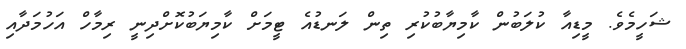
ޝަހީމެވެ. މީޑިއާ ކުލަބުން ކާމިޔާބުކުރި ތިން ލަނޑުއެ ޓީމަށް ކާމިޔަބުކޮށްދިނީ ރިމާހް އަހުމަދާއި